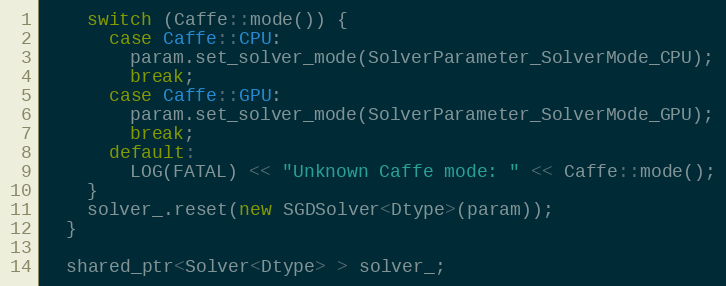
Language: C++
    switch (Caffe::mode()) {
      case Caffe::CPU:
        param.set_solver_mode(SolverParameter_SolverMode_CPU);
        break;
      case Caffe::GPU:
        param.set_solver_mode(SolverParameter_SolverMode_GPU);
        break;
      default:
        LOG(FATAL) << "Unknown Caffe mode: " << Caffe::mode();
    }
    solver_.reset(new SGDSolver<Dtype>(param));
  }

  shared_ptr<Solver<Dtype> > solver_;